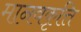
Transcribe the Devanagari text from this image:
मानवकृत्ति